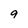
Character: 9